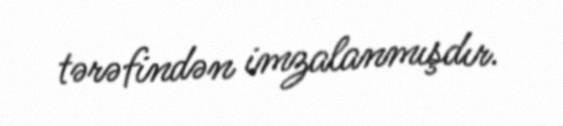
tərəfindən imzalanmışdır.